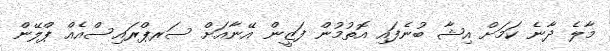
މާލެ ދާނެ ކަމަށް އިޝާ ބުނެފައި އޮތުމުން ފަޒީން އޭނާއަށް ސަރޕްރައިސްއެއް ޕްލޭން